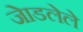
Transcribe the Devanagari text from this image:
जेाडलेले